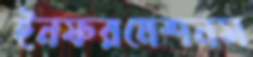
ইনফরমেশনস